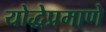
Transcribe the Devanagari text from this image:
योद्धेप्रमाणे